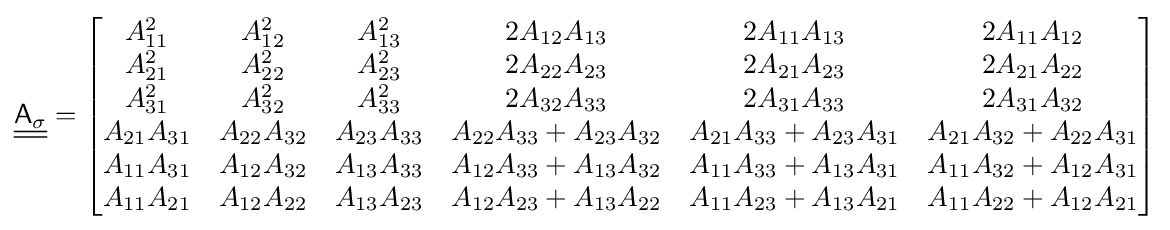
{\underline {\underline {{\mathsf {A}}_{\sigma }}}}={\begin{bmatrix}A_{11}^{2}&A_{12}^{2}&A_{13}^{2}&2A_{12}A_{13}&2A_{11}A_{13}&2A_{11}A_{12}\\A_{21}^{2}&A_{22}^{2}&A_{23}^{2}&2A_{22}A_{23}&2A_{21}A_{23}&2A_{21}A_{22}\\A_{31}^{2}&A_{32}^{2}&A_{33}^{2}&2A_{32}A_{33}&2A_{31}A_{33}&2A_{31}A_{32}\\A_{21}A_{31}&A_{22}A_{32}&A_{23}A_{33}&A_{22}A_{33}+A_{23}A_{32}&A_{21}A_{33}+A_{23}A_{31}&A_{21}A_{32}+A_{22}A_{31}\\A_{11}A_{31}&A_{12}A_{32}&A_{13}A_{33}&A_{12}A_{33}+A_{13}A_{32}&A_{11}A_{33}+A_{13}A_{31}&A_{11}A_{32}+A_{12}A_{31}\\A_{11}A_{21}&A_{12}A_{22}&A_{13}A_{23}&A_{12}A_{23}+A_{13}A_{22}&A_{11}A_{23}+A_{13}A_{21}&A_{11}A_{22}+A_{12}A_{21}\end{bmatrix}}